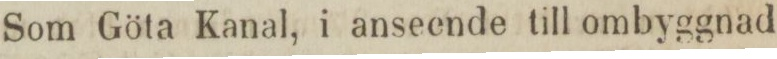
Som Göta Kanal, i anseende till ombyggnad